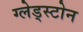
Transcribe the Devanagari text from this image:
ग्लेड्स्टोन